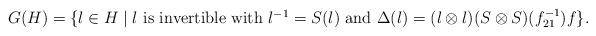
LaTeX: \begin{align*}G(H)=\{l\in H\mid \mbox{$l$ is invertible with $l^{-1}=S(l)$ and $\Delta (l)=(l\otimes l)(S\otimes S)(f_{21}^{-1})f$}\}.\end{align*}